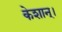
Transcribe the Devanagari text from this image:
केशान्।